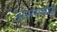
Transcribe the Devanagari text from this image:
असमबाहु